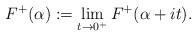
LaTeX: \begin{align*}F^+(\alpha):=\lim_{t\rightarrow0^+} F^+(\alpha+it).\end{align*}